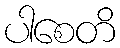
ပါစေတိ